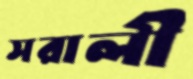
সরালী